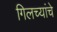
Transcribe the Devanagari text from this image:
गिलच्यांचे